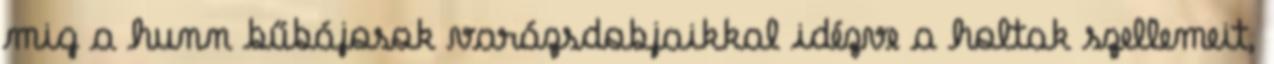
mig a hunn bűbájosok varázsdobjaikkal idézve a holtak szellemeit,